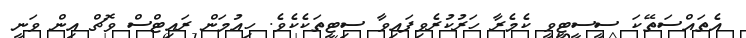
އެތައްސަތޭކަ ސީސީޓީވީ ކެމެރާ ހަރުކުރެވިފައިވާ ސިޓީތަކެކެވެ. ހިއުމަން ރައިޓްސް ވޮޗް އިން ވަނީ